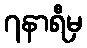
၇နာရီမှ